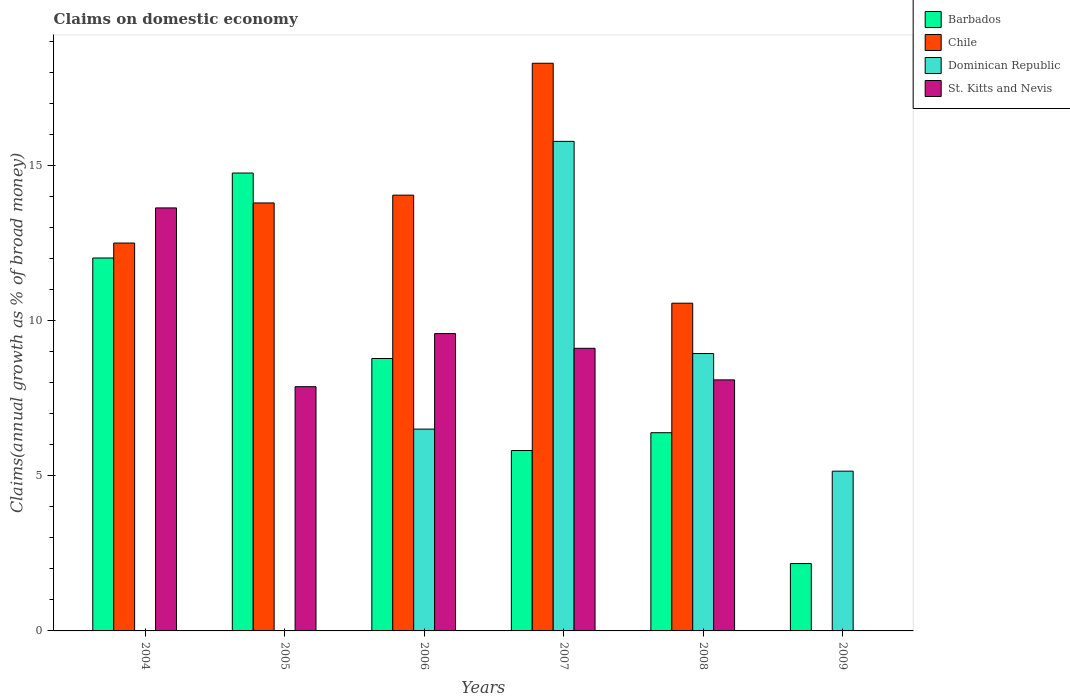
| Years | Barbados | Chile | Dominican Republic | St. Kitts and Nevis |
 | --- | --- | --- | --- | --- |
 | 2004 | 12 | 12.5 | -5.32 | 13.6 |
 | 2005 | 14.8 | 13.8 | -2.26 | 7.88 |
 | 2006 | 8.79 | 14.1 | 6.51 | 9.59 |
 | 2007 | 5.82 | 18.3 | 15.8 | 9.12 |
 | 2008 | 6.39 | 10.6 | 8.95 | 8.1 |
 | 2009 | 2.17 | -1.96 | 5.15 | -12.5 |